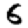
Digit: 6